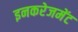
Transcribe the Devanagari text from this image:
इनकरेजमेंट